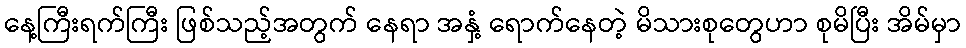
နေ့ကြီးရက်ကြီး ဖြစ်သည့်အတွက် နေရာ အနှံ့ ရောက်နေတဲ့ မိသားစုတွေဟာ စုမိပြီး အိမ်မှာ